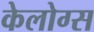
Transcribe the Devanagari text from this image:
केलोग्स